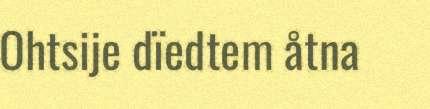
Ohtsije dïedtem åtna